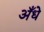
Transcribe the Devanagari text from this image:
अँधे